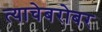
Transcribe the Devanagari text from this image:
त्याचेबरोबर